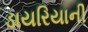
ડાયરિયાની